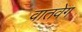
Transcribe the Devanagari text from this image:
वातवेग